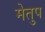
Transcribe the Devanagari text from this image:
मेेतुप